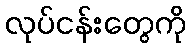
လုပ်ငန်းတွေကို